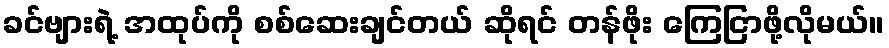
ခင်ဗျားရဲ့ အထုပ်ကို စစ်ဆေးချင်တယ် ဆိုရင် တန်ဖိုး ကြေငြာဖို့လိုမယ်။